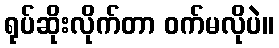
ရုပ်ဆိုးလိုက်တာ ဝက်မလိုပဲ။